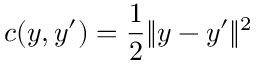
c ( y , y ^ { \prime } ) = \frac { 1 } { 2 } \| y - y ^ { \prime } \| ^ { 2 }